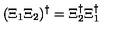
( \Xi _ { 1 } \Xi _ { 2 } ) ^ { \dagger } = \Xi _ { 2 } ^ { \dagger } \Xi _ { 1 } ^ { \dagger }